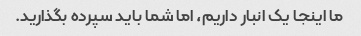
ما اینجا یک انبار داریم، اما شما باید سپرده بگذارید.